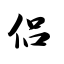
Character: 侣